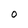
Character: O